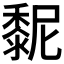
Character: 𪏸